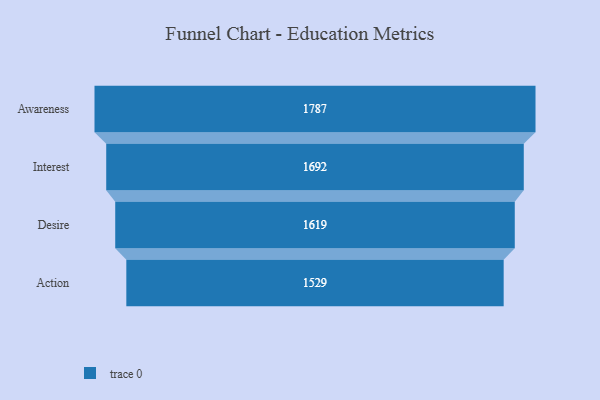
{"axis": {"x": "Stage", "y": "Value"}, "legend": [""], "data": [{"x": "Awareness", "y": 1787.0, "type": ""}, {"x": "Interest", "y": 1692.0, "type": ""}, {"x": "Desire", "y": 1619.0, "type": ""}, {"x": "Action", "y": 1529.0, "type": ""}]}